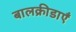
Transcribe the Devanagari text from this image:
बालक्रीडाएँ